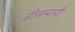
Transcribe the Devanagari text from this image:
सीसस्याग्नौ